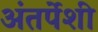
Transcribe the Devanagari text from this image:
अंतर्पेशी